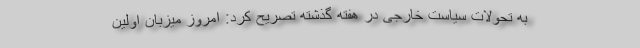
به تحولات سیاست خارجی در هفته گذشته تصریح کرد: امروز میزبان اولین